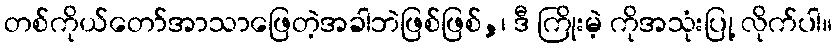
တစ်ကိုယ်တော်အာသာဖြေတဲ့အခါဘဲဖြစ်ဖြစ်,၊ ဒီ ကြိုးမဲ့ ကိုအသုံးပြု့ လိုက်ပါ။